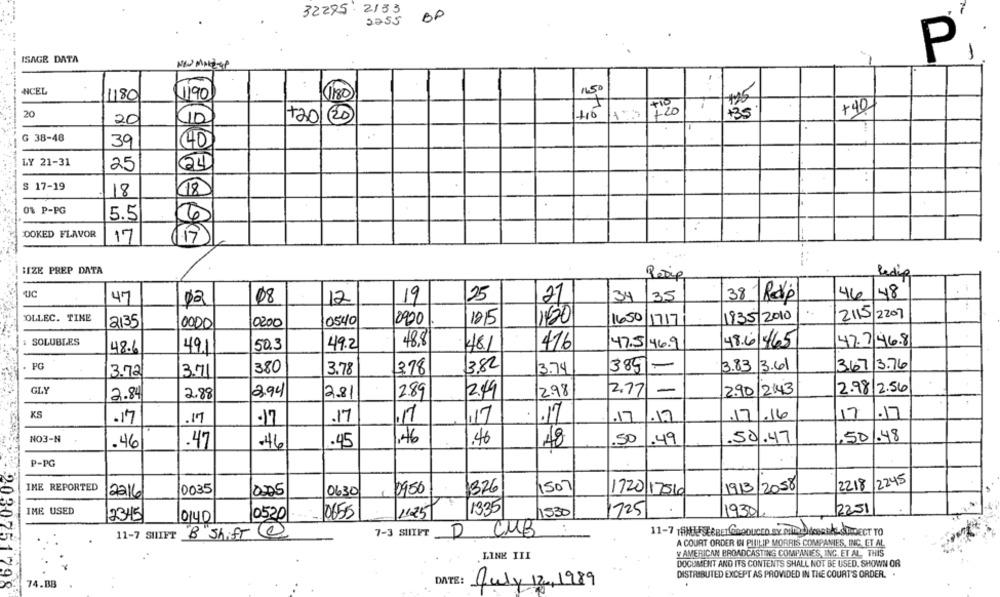
32295-2133
OP
2255
ISAGE DATA
P
NCEL
190
180
1650
1180
+40
20
20
10
+20/20
+35
G 38-48
39
(40
LY 21-31
25
24
. .
S 17-19
18
18
0% P-PG
5.5
6
DOKED FLAVOR
17
19
BIZE PREP DATA
Ledig
47
08
19
25
34
35
38 Rep
46
48
02
12
21
2115
2207
COLLEC. TINE
2135
0540
2900
1215
130
1650
1717
1835/2010
0000
10200
: SOLUBLES
50.3
49.2
48.8
416
47.5/ 46.9
48.6
465
47.746.8
48.6
491
481
PG
380
378
3.82
3.74
3891-
3.83 3.61
367
13.76
3.72
3.51
3.78
GLY
2.94
2.81
2.98
2.77
-
2.90
2:43
2.98 /2.56
2.84
2.88
2.89
2.49
KS
1.16
17
.17
.17
.17
.17
.17
,17
.17
.17
.17
.17
NO3-N
,46
.46
.50
.49
50.47
,50 .48
.46
.47
-46
.45
P-PG
2218 2245
IME REPORTED
10035
376
1507
19/3/2058
2216
005
0630
0950
1720 17560
IME USED
11.25
1335
1530
1725
.
1930/.
2251
2345
0140
10520
0655
7-3 SHIFT
cuz
11-7 SHIFT
B Shift @
D CMB
D
A COURT ORDER II PHILIP MORRIS COMPANIES, INC. ET AL
V AMERICAN BROADCASTING COMPANIES, INC. ET AL. THIS
LINE III
DOCUMENT AND ITS CONTENTS SHALL NOT BE USED. SHOWN OR
DISTRIBUTED EXCEPT AS PROVIDED IN THE COURT'S ORDER. .
74.BB
DATE:
July 12, 1989
2030751998